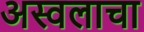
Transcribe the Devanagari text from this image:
अस्वलाचा